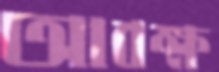
আবক্ষ